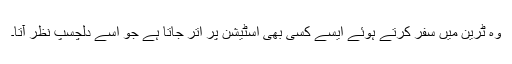
وہ ٹرین میں سفر کرتے ہوئے ایسے کسی بھی اسٹیشن پر اتر جاتا ہے جو اسے دلچسپ نظر آتا۔